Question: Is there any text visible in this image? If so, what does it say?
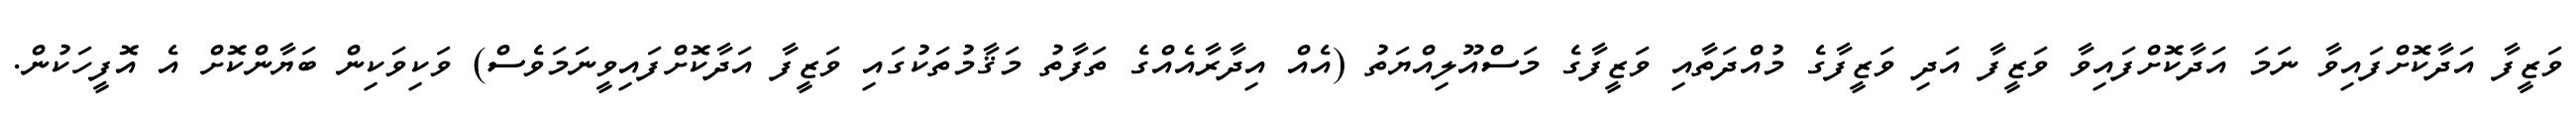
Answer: ވަޒީފާ އަދާކޮށްފައިވާ ނަމަ އަދާކޮށްފައިވާ ވަޒީފާ އަދި ވަޒީފާގެ މުއްދަތާއި ވަޒީފާގެ މަސްއޫލިއްޔަތު (އެއް އިދާރާއެއްގެ ތަފާތު މަޤާމުތަކުގައި ވަޒީފާ އަދާކޮށްފައިވީނަމަވެސް) ވަކިވަކިން ބަޔާންކޮށް އެ އޮފީހަކުން.